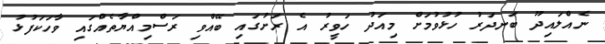
ނެއްލައިދޫ ބަނދަރު ހުޅުވުމަށް މިއަދު ހަވީރު އެ ރަށުގައި ބޭއްވި ރަސްމިއްޔާތެއްގައި ވާހަކަފުޅު